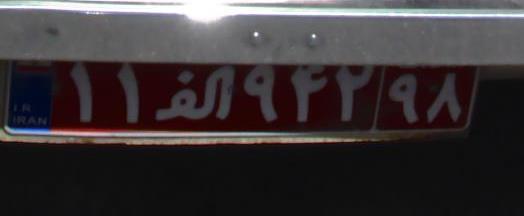
۱۱ا۹۴۲۹۸